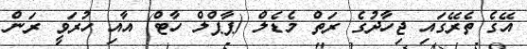
އޭގެ ތެރޭގައި ޖިހާދުގެ ރަތް މެޑެލް (ޕާޕްލް ހާޓް) އާއި ހުރަވީ ރަން